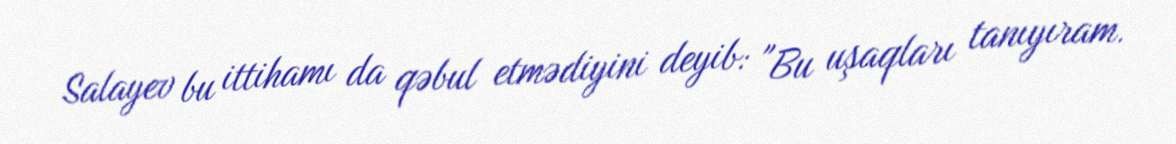
Salayev bu ittihamı da qəbul etmədiyini deyib: "Bu uşaqları tanıyıram.